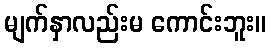
မျက်နှာလည်းမ ကောင်းဘူး။